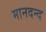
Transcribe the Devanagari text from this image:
मानदन्द